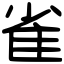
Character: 雀